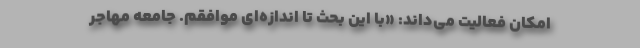
امکان فعالیت می‌داند: «با این بحث تا اندازه‌ای موافقم. جامعه مهاجر